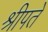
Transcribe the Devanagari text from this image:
श्रीपते